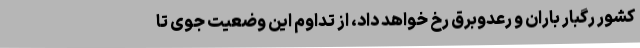
کشور رگبار باران و رعدوبرق رخ خواهد داد، از تداوم این وضعیت جوی تا